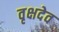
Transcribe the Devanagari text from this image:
वृक्षदेव